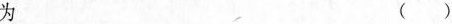
为 （）